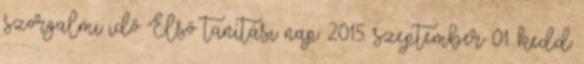
szorgalmi idő Első tanítási nap: 2015. szeptember 01. kedd